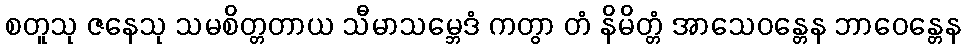
စတူသု ဇနေသု သမစိတ္တတာယ သီမာသမ္ဘေဒံ ကတွာ တံ နိမိတ္တံ အာသေဝန္တေန ဘာဝေန္တေန